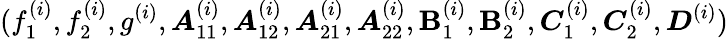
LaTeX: (f_{1}^{(i)},f_{2}^{(i)},g^{(i)},\boldsymbol{A}_{11}^{(i)},\boldsymbol{A}_{12}^{(i)},\boldsymbol{A}_{21}^{(i)},\boldsymbol{A}_{22}^{(i)},\boldsymbol{\mathbf{B}}_{1}^{(i)},\boldsymbol{\mathbf{B}}_{2}^{(i)},\boldsymbol{C}_{1}^{(i)},\boldsymbol{C}_{2}^{(i)},\boldsymbol{D}^{(i)})